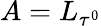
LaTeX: A={L}_{\tau^{0}}